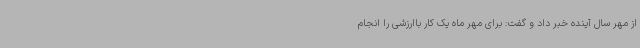
از مهر سال آینده خبر داد و گفت: برای مهر ماه یک کار باارزشی را انجام